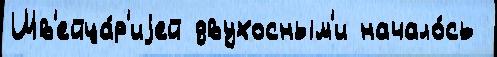
Шв'ейца́р'иjей двухосным'и начало́сь